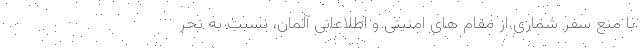
با منع سفر شماری از مقام های امنیتی و اطلاعاتی آلمان، نسبت به تحر